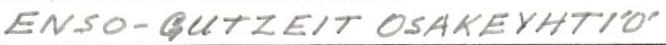
ENSO-GUTZEIT OSAKEYHTIÖ